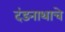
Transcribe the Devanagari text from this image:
दंडनाथाचे